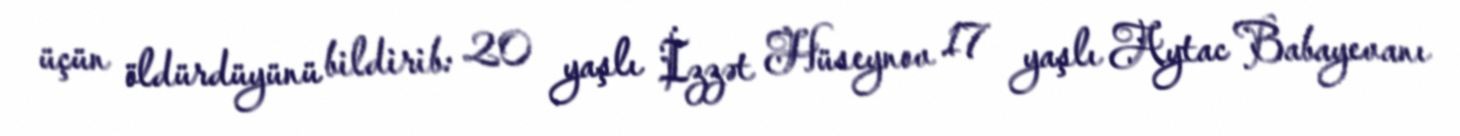
üçün öldürdüyünü bildirib: 20 yaşlı İzzət Hüseynov 17 yaşlı Aytac Babayevanı